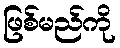
ဖြစ်မည်ကို